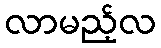
လာမည့်လ